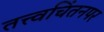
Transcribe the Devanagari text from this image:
तत्त्वचिंतनपर